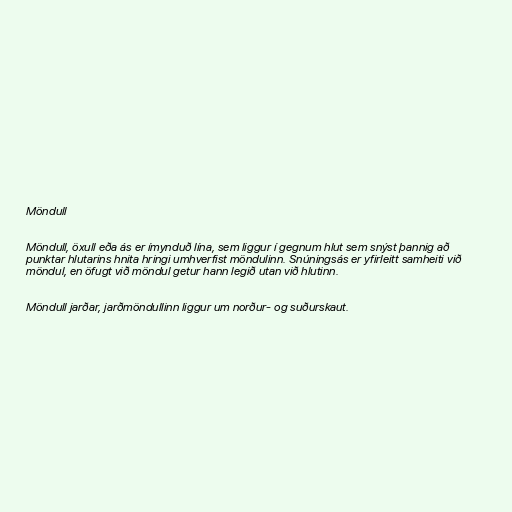
Möndull

Möndull, öxull eða ás er ímynduð lína, sem liggur í gegnum hlut sem snýst þannig að
punktar hlutarins hnita hringi umhverfist möndulinn. Snúningsás er yfirleitt samheiti við
möndul, en öfugt við möndul getur hann legið utan við hlutinn.

Möndull jarðar, jarðmöndullinn liggur um norður- og suðurskaut.